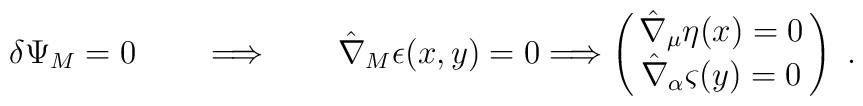
\delta \Psi_{M} =0 \qquad \Longrightarrow \qquad \hat \nabla _{M} \epsilon(x,y) = 0    \Longrightarrow \left (\matrix{\hat \nabla _{\mu} \eta (x) =0\cr\hat \nabla _{\alpha }\varsigma (y) =0\cr}\right )\ .